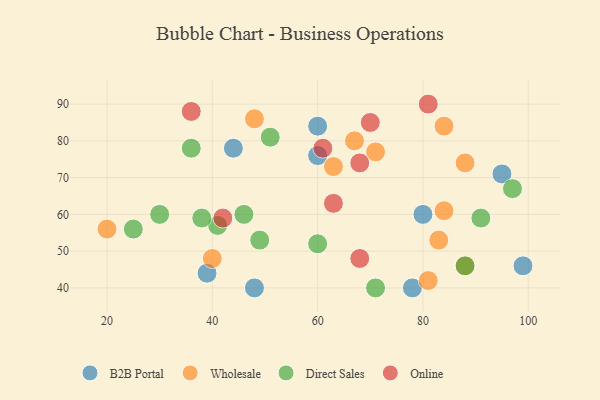
{"axis": {"x": "GDP", "y": "Life Expectancy"}, "legend": ["B2B Portal", "Direct Sales", "Online", "Wholesale"], "data": [{"x": "80", "y": 60, "type": "B2B Portal"}, {"x": "60", "y": 84, "type": "B2B Portal"}, {"x": "48", "y": 40, "type": "B2B Portal"}, {"x": "95", "y": 71, "type": "B2B Portal"}, {"x": "99", "y": 46, "type": "B2B Portal"}, {"x": "78", "y": 40, "type": "B2B Portal"}, {"x": "60", "y": 76, "type": "B2B Portal"}, {"x": "44", "y": 78, "type": "B2B Portal"}, {"x": "39", "y": 44, "type": "B2B Portal"}, {"x": "67", "y": 80, "type": "Wholesale"}, {"x": "71", "y": 77, "type": "Wholesale"}, {"x": "63", "y": 73, "type": "Wholesale"}, {"x": "20", "y": 56, "type": "Wholesale"}, {"x": "48", "y": 86, "type": "Wholesale"}, {"x": "88", "y": 74, "type": "Wholesale"}, {"x": "81", "y": 42, "type": "Wholesale"}, {"x": "84", "y": 84, "type": "Wholesale"}, {"x": "83", "y": 53, "type": "Wholesale"}, {"x": "40", "y": 48, "type": "Wholesale"}, {"x": "88", "y": 46, "type": "Wholesale"}, {"x": "84", "y": 61, "type": "Wholesale"}, {"x": "41", "y": 57, "type": "Direct Sales"}, {"x": "46", "y": 60, "type": "Direct Sales"}, {"x": "25", "y": 56, "type": "Direct Sales"}, {"x": "97", "y": 67, "type": "Direct Sales"}, {"x": "51", "y": 81, "type": "Direct Sales"}, {"x": "49", "y": 53, "type": "Direct Sales"}, {"x": "36", "y": 78, "type": "Direct Sales"}, {"x": "60", "y": 52, "type": "Direct Sales"}, {"x": "71", "y": 40, "type": "Direct Sales"}, {"x": "88", "y": 46, "type": "Direct Sales"}, {"x": "91", "y": 59, "type": "Direct Sales"}, {"x": "38", "y": 59, "type": "Direct Sales"}, {"x": "30", "y": 60, "type": "Direct Sales"}, {"x": "61", "y": 78, "type": "Online"}, {"x": "81", "y": 90, "type": "Online"}, {"x": "42", "y": 59, "type": "Online"}, {"x": "68", "y": 48, "type": "Online"}, {"x": "36", "y": 88, "type": "Online"}, {"x": "68", "y": 74, "type": "Online"}, {"x": "63", "y": 63, "type": "Online"}, {"x": "70", "y": 85, "type": "Online"}]}